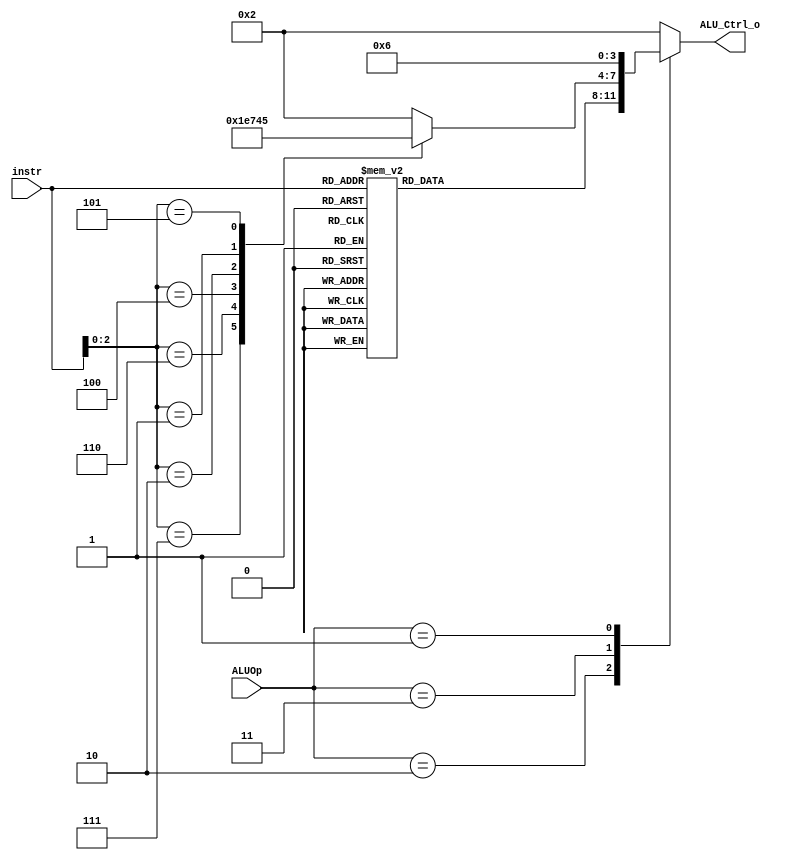
/***************************************************
Student Name: , 
Student ID: 0716229, 0716236
***************************************************/

`timescale 1ns/1ps

module ALU_Ctrl(
	input	[4-1:0]	instr,
	input	[2-1:0]	ALUOp,
	output	reg[4-1:0] ALU_Ctrl_o
	);
	
/* Write your code HERE */

always@(*) begin
	case(ALUOp)
	//R-type
	2'b10:begin
		case(instr[3:0])
		4'b0000: ALU_Ctrl_o=4'b0010;//add
		4'b1000: ALU_Ctrl_o=4'b0110;//sub
		4'b0111: ALU_Ctrl_o=4'b0000;//bitwise and
		4'b0110: ALU_Ctrl_o=4'b0001;//bitwise or
		4'b0100: ALU_Ctrl_o=4'b1110;//exclusive or //exclusive nor == 4'b1111
		4'b0010: ALU_Ctrl_o=4'b0111;//slt && slt imm
		4'b0001: ALU_Ctrl_o=4'b0100;//shift left logical
		4'b1001: ALU_Ctrl_o=4'b1000;//shift left arithmetic
		4'b0101: ALU_Ctrl_o=4'b0101;//shift right logical
		4'b1101: ALU_Ctrl_o=4'b1001;//shift right arithmetic
		default: ALU_Ctrl_o=4'b0010;
		endcase
	end
	//I-type
	2'b11:begin
		case(instr[2:0])
		3'b000: ALU_Ctrl_o=4'b0010;//add
		3'b111: ALU_Ctrl_o=4'b0000;//bitwise and
		3'b110: ALU_Ctrl_o=4'b0001;//bitwise or
		3'b100: ALU_Ctrl_o=4'b1110;//exclusive or //exclusive nor == 4'b1111
		3'b010: ALU_Ctrl_o=4'b0111;//slt && slt imm
		3'b001: ALU_Ctrl_o=4'b0100;//shift left logical
		3'b101: ALU_Ctrl_o=4'b0101;//shift right logical
		default: ALU_Ctrl_o=4'b0010;
		endcase
	end
	//B-type	
	2'b01:begin
		case(instr[2:0])
		3'b000:	 ALU_Ctrl_o=4'b0110;//beq
		3'b001:	 ALU_Ctrl_o=4'b0110;//bne
		default: ALU_Ctrl_o=4'b0110;
		endcase
	end	
		
	default: ALU_Ctrl_o=4'b0010;
	endcase
	
end


endmodule